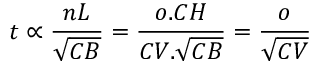
t \propto { \frac { n L } { \sqrt { C B } } } = { \frac { o . C H } { C V . { \sqrt { C B } } } } = { \frac { o } { \sqrt { C V } } }